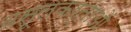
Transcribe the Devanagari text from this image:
वसूलकर्ताओं